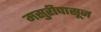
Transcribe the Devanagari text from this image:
मसुरीपासून